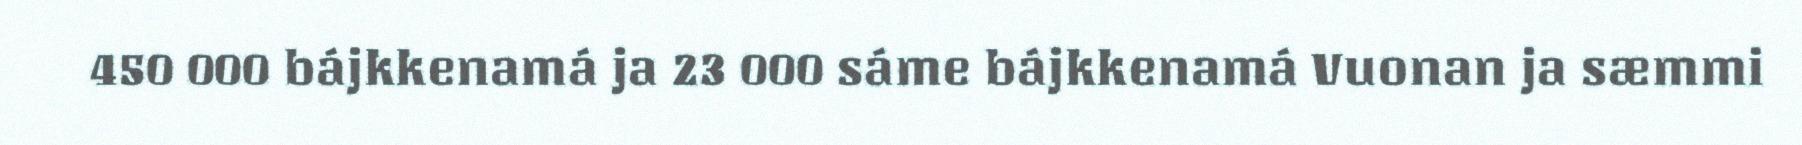
450 000 bájkkenamá ja 23 000 sáme bájkkenamá Vuonan ja sæmmi